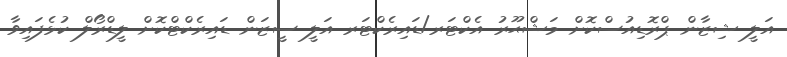
އަލީ ޝިޒާން ޕްރޮޑިއުސްކޮށް މަޝްޙޫރު އެކްޓަރ/ޑައިރެކްޓަރ އަލީ ސީޒަން ޑައިރެކްޓްކޮށް ލީޑްރޯލް ކުޅެފައިވާ